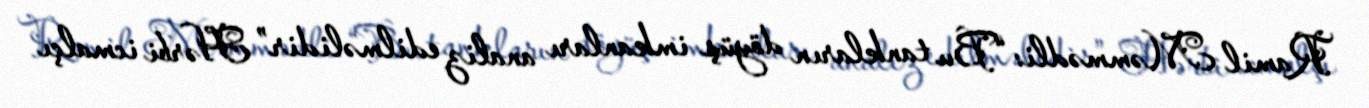
Ramil Məmmədli: “Bu tankların döyüş imkanları analiz edilməlidir” Hərbi icmalçı